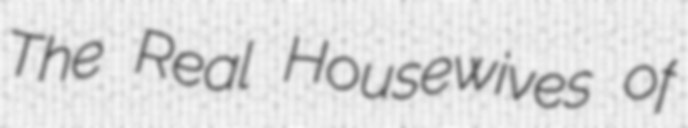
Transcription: The Real Housewives of